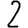
Digit: 2